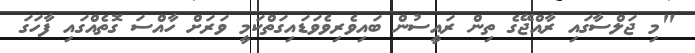
"މި ޖަލްސާގައި ރާއްޖޭގެ ތިން ރައީސުން ބައިވެރިވެވަޑައިގަތްކަމީ ވަރަށް ހާއްސަ ގޮތެއްގައި ފާހަގަ